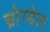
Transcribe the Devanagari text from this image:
ब्रोग्डेल